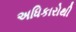
અધિકારોથી